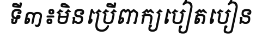
ទី៣៖មិនប្រើពាក្យបៀតបៀន